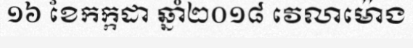
១៦ ខែកក្កដា ឆ្នាំ២០១៨ វេលាម៉ោង